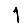
Digit: 1